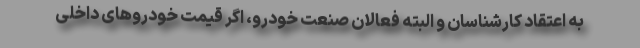
به اعتقاد کارشناسان و البته فعالان صنعت خودرو، اگر قیمت خودروهای داخلی